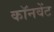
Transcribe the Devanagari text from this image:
कॉनवेंट